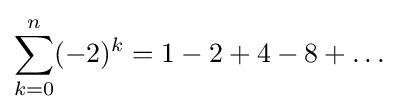
\sum _{k=0}^{n}(-2)^{k}=1-2+4-8+\dots